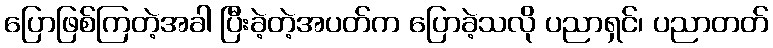
ပြောဖြစ်ကြတဲ့အခါ ပြီးခဲ့တဲ့အပတ်က ပြောခဲ့သလို ပညာရှင်၊ ပညာတတ်